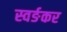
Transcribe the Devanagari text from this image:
स्वर्ङकर